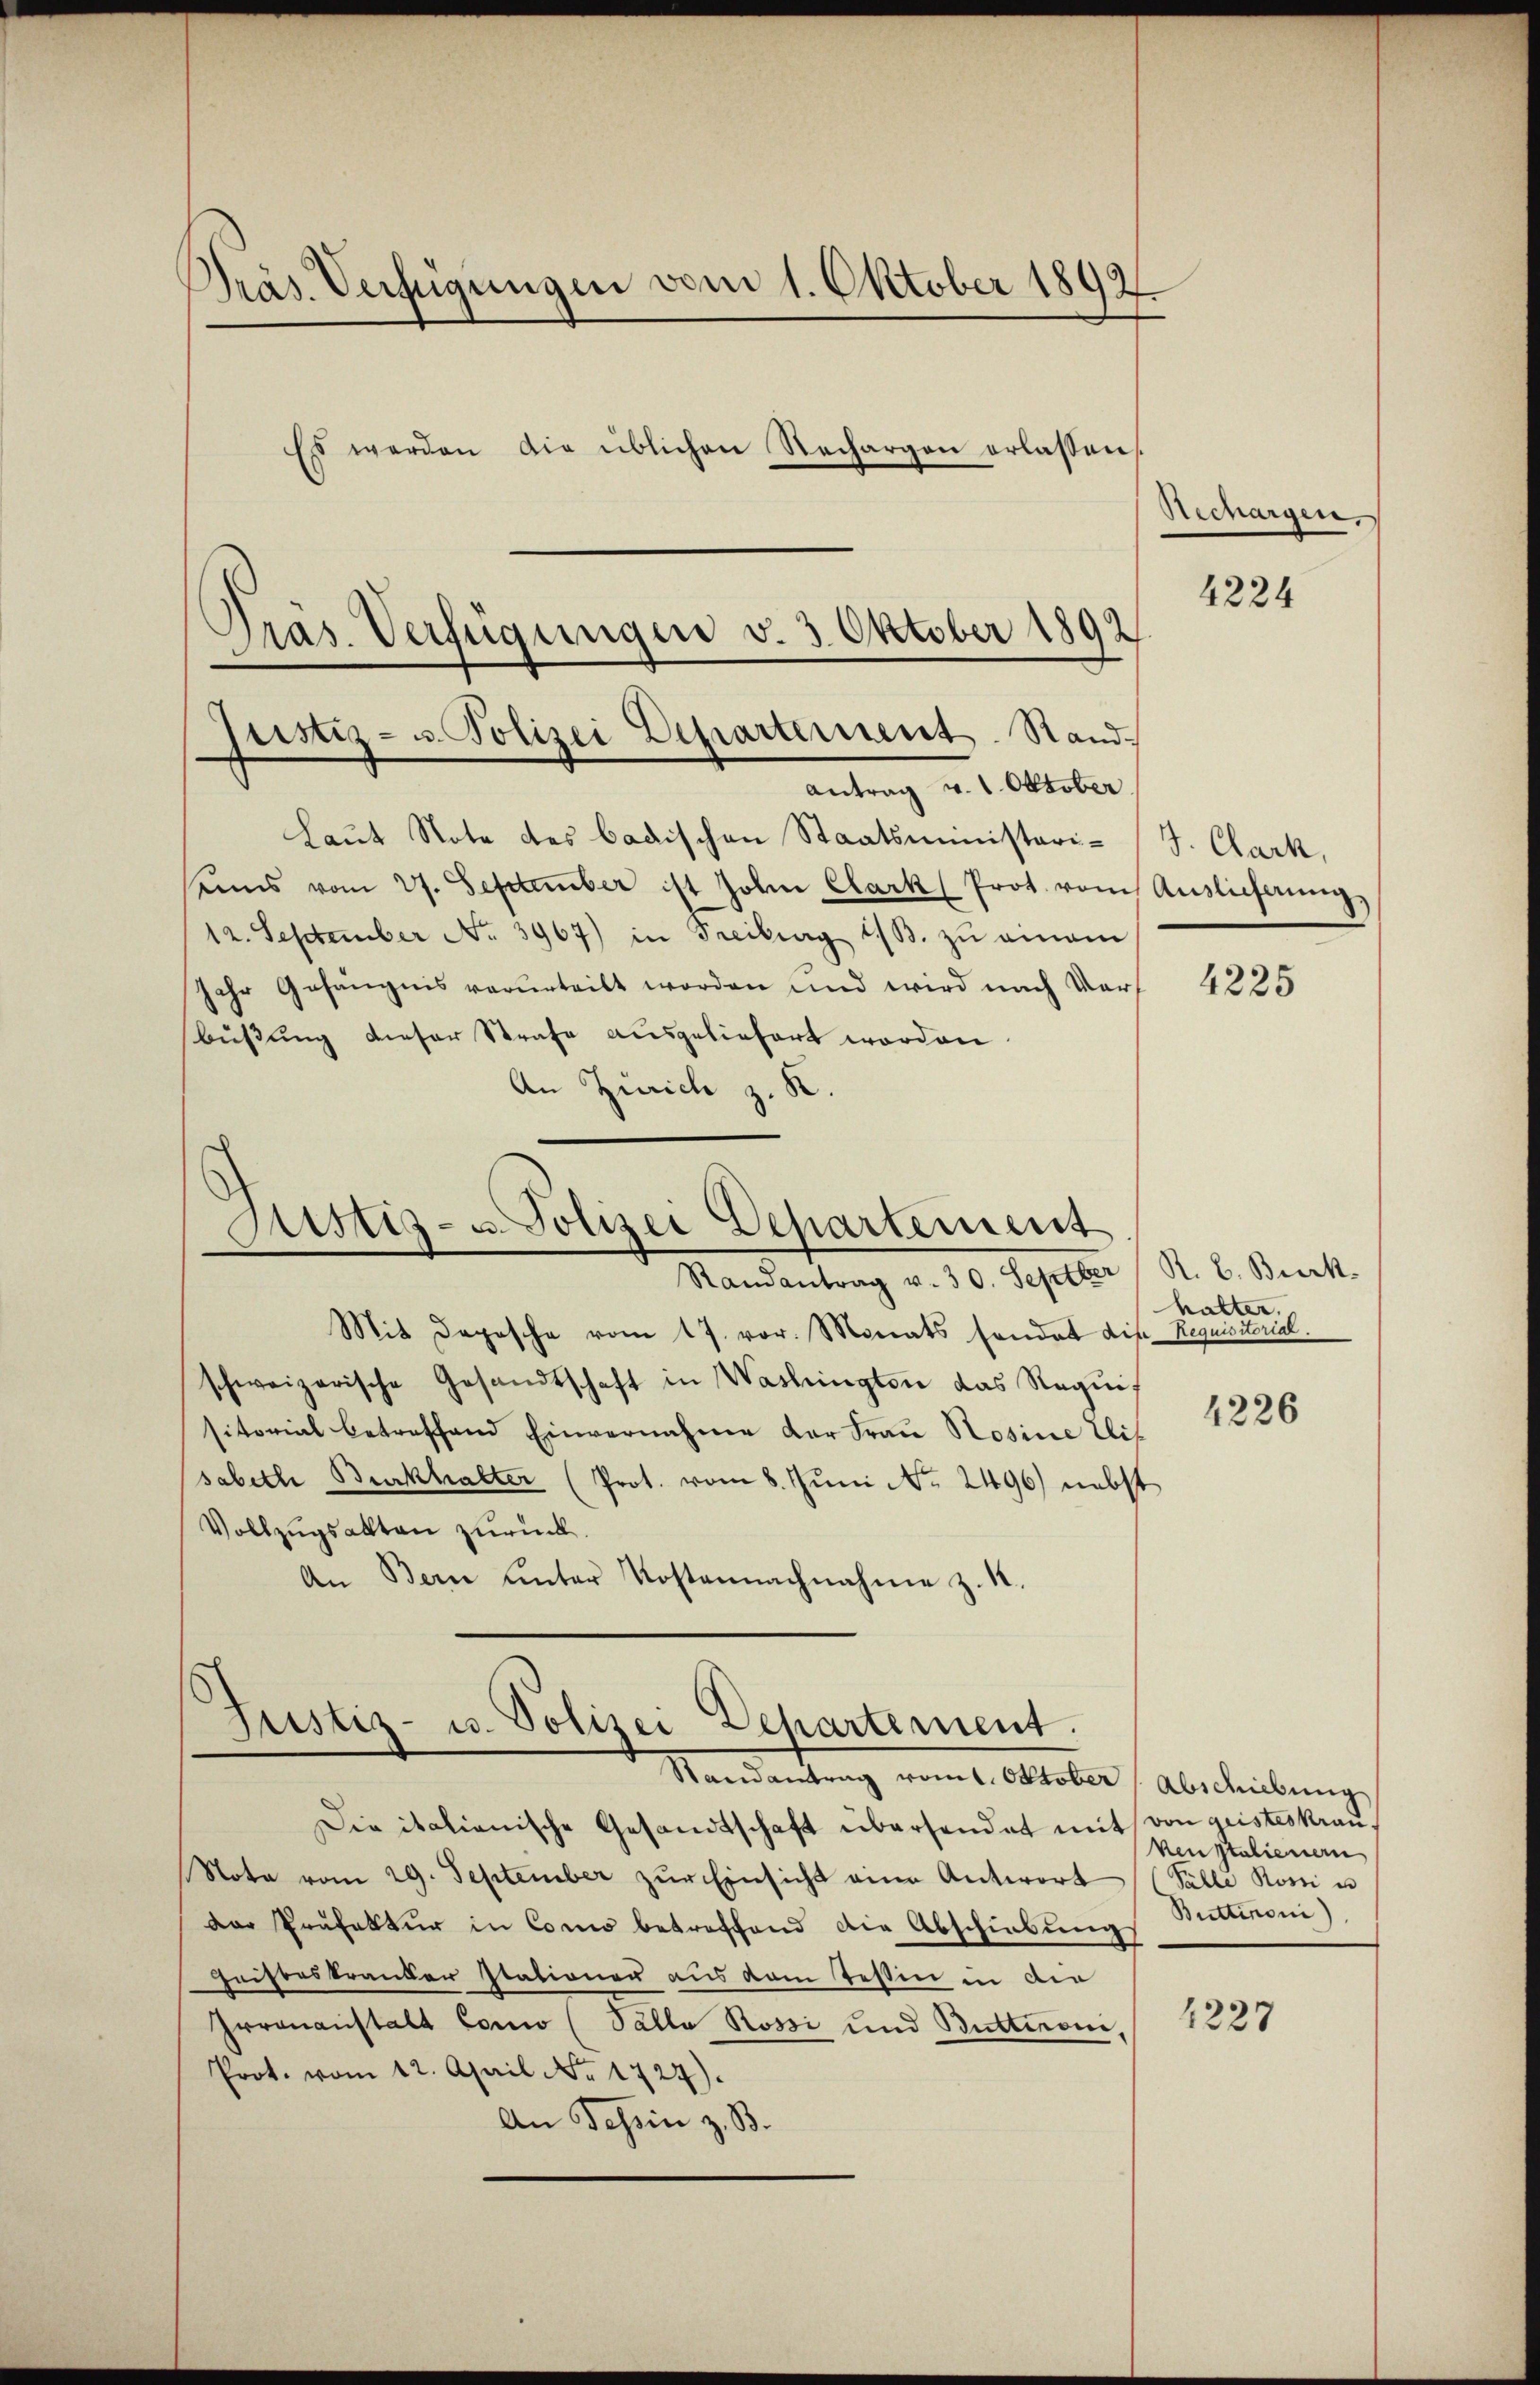
Präs. Verfügungen vom 1. Oktober 1892
Es werden die üblichen Nachargen erlassen

Präs. Verfügungen v. 3. Oktober 1892
Justiz- u. Polizei Departement. Sand¬
Antrag v. 1. Oktober.

Laut Note des badischen Staatsministerieines vom 27. September ist Johan Clark) Prot. vom
12. September No. 3967) in Freiburg 13. zŭ einem
sehr Gefängnis verurteilt worden und wird nach Verf
büßung dieser Strafe ausgeliefert worden.
An Zürich z. K.
Mstiz- u. Polizei Departement
Randantrag v. 30. Septber
Mit Deposche vom 17. vor. Monats sondert die Requisitorial.
schweizerische Gesandtschaft in Washingten das Requis
sitorial betreffend Einvernahme der Frau Rosine Eis
sabeth Burkhalter (Prot. vom 8. Juni No 2496) nebst
Vollzŭgsakten zurück.
An Bern ŭnter Kostennachnahme z. 1.

d
Justiz- u. Polizei Departement.
Randantrag vom 1. Oktober (Abschiebung

Rechargen

Die italienische Gesandtschaft übersendet mit von geisteskran¬
Nota vom 29. September zŭr Einsicht eine Antwort (Salle Rom u
der Präfektur in Como betreffend die Abschiebung
Fristeskrander stationen aus vom Tessin in der
Irrenanstalt Como (Palla Rossi und Butteroni,
Prot. vom 12. April Nr. 1727).
An Tessin z. B.

4224

J. Clark,
Auslieferung

4225

R. B. Bierk
halter.

4226

venstalienern
Buttimoni)

1227